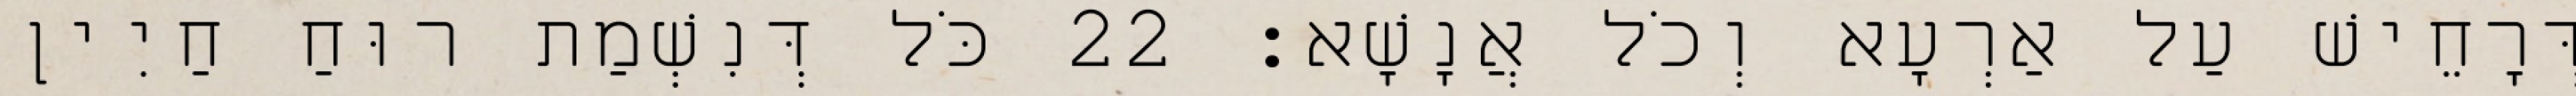
דְּרָחֵישׁ עַל אַרְעָא וְכֹל אֲנָשָׁא׃ 22 כֹּל דְּנִשְׁמַת רוּחַ חַיִין